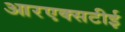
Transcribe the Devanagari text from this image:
आरएक्सटीई